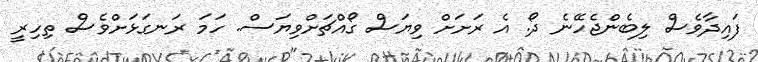
ފައިދާވެސް ލިބެންޖެހޭނެ ދޯ. އެ ރަށަށް ވިޔަސް ގޯއްޗަށްވިޔަސް. ހަމަ ރަނގަޅަށްވެސް ތިހިރީ